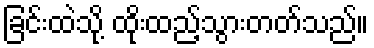
ခြင်းထဲသို့ ထိုးထည့်သွားတတ်သည်။